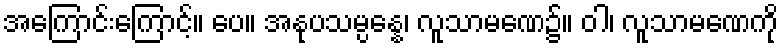
အကြောင်းကြောင့်။ ပေ။ အနုပသမ္ပန္နေ၊ လူသာမဏေ၌။ ဝါ၊ လူသာမဏေကို